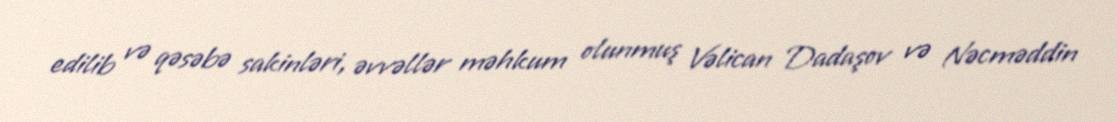
edilib və qəsəbə sakinləri, əvvəllər məhkum olunmuş Vəlican Dadaşov və Nəcməddin